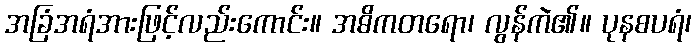
အခြံအရံအားဖြင့်လည်းကောင်း။ အဓိကတရော၊ လွန်ကဲ၏။ ပုနစပရံ၊